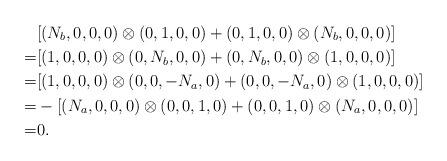
LaTeX: \begin{align*} &[(N_b,0,0,0)\otimes(0,1,0,0)+(0,1,0,0)\otimes(N_b,0,0,0)] \\ = &[(1,0,0,0)\otimes(0,N_b,0,0)+(0,N_b,0,0)\otimes(1,0,0,0)]\\=&[(1,0,0,0)\otimes(0,0,-N_a,0)+(0,0,-N_a,0)\otimes(1,0,0,0)]\\=&-[(N_a,0,0,0)\otimes(0,0,1,0)+(0,0,1,0)\otimes(N_a,0,0,0)]\\=&0.\end{align*}